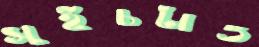
সুইচটাও